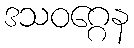
ဒသဝဂ္ဂေန